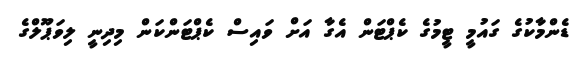
ޑެންމާކުގެ ގައުމީ ޓީމުގެ ކެޕްޓަން އެގާ އަށް ވައިސް ކެޕްޓަންކަން މިދިނީ ލިވަޕޫލްގެ